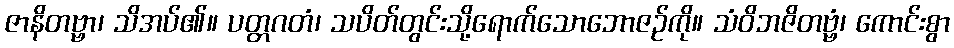
ဇာနိတဗ္ဗာ၊ သိအပ်၏။ ပတ္တဂတံ၊ သပိတ်တွင်းသို့ရောက်သောဘောဇဉ်ကို။ သံဝိဘဇိတဗ္ဗံ၊ ကောင်းစွာ